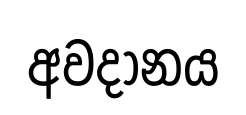
අවදානය